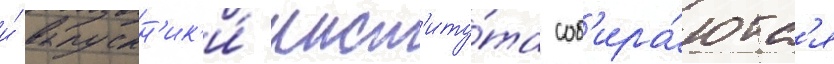
и́ выпускн'ик'и́ инст'иту́та соб'ира́ютс'я